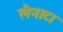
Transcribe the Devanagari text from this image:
लैनाटा